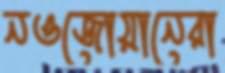
নওজোয়ানেরা